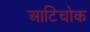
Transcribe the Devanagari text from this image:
आटिचोक